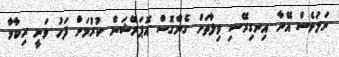
ނަމަވެސް އޭނާ އިނގިރޭސި ވިލާތަށް ގެންގޮސް އޮޕަރޭޝަން ކުރުމަށް ފަހު ވަނީ ރިކާވާ